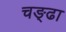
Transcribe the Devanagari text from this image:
चङ्ढा